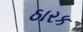
ઠારક